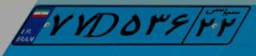
۸۸D۰۲۷۷۴